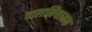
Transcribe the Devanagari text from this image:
चालनियामक